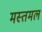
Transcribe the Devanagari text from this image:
मस्तमल